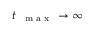
t _ { \mathrm { ~ \tiny ~ { ~ m ~ a ~ x ~ } ~ } } \to \infty